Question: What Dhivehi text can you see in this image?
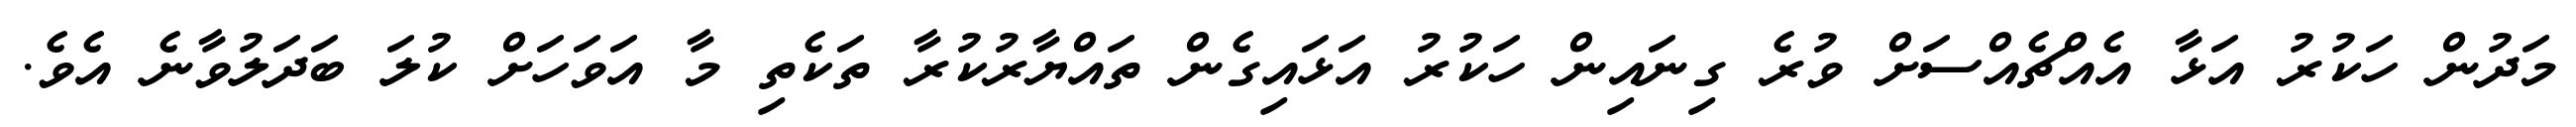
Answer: މަދުން ހަކުރު އަޅާ އެއްޗެއްސަށް ވުރެ ގިނައިން ހަކުރު އަޅައިގެން ތައްޔާރުކުރާ ތަކެތި މާ އަވަހަށް ކުލަ ބަދަލުވާނެ އެވެ.